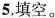
5.填空。